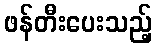
ဖန်တီးပေးသည့်